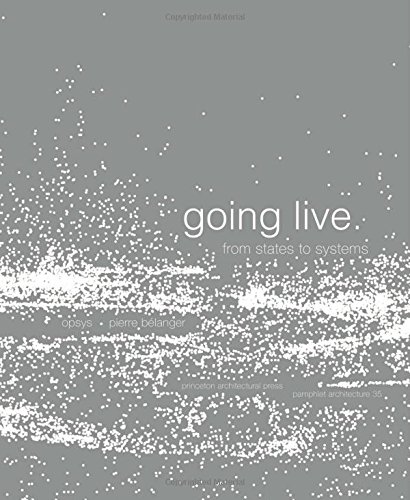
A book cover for Pamphlet Architecture 35: Going Live, From States to Systems; Pierre Belanger; Arts & Photography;